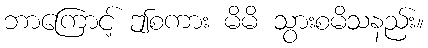
ဘာကြောင့် ဤစကား မိမိ သွားစမိသနည်း။